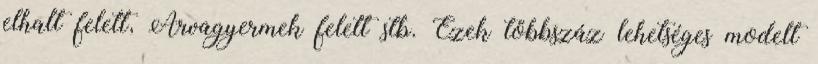
elhalt felett, Árvagyermek felett stb. Ezek többszáz lehetséges modelt